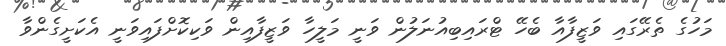
މަހުގެ ތެރޭގައި ވަޒީފާއާ ބެހޭ ޓްރައިބިއުނަލުން ވަނީ މަލީހާ ވަޒީފާއިން ވަކިކޮށްފައިވަނީ އެކަށީގެންވާ